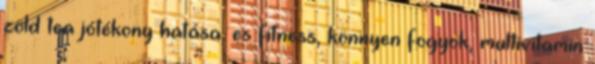
zöld tea jótékony hatása, es fitness, könnyen fogyok, multivitamin